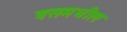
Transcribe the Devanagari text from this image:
बसमधील